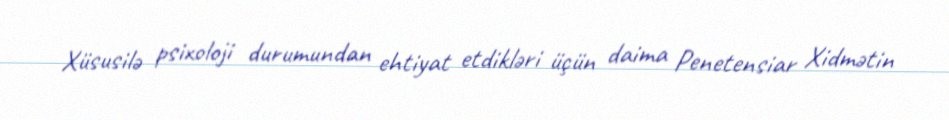
Xüsusilə psixoloji durumundan ehtiyat etdikləri üçün daima Penetensiar Xidmətin